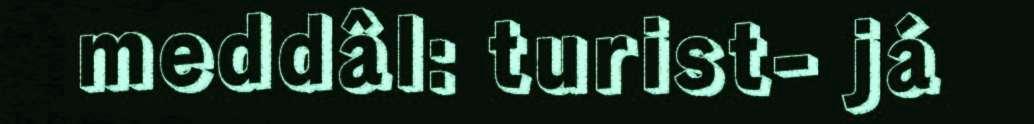
meddâl: turist- já